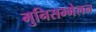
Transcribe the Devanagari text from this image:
मुनिसम्मेलन